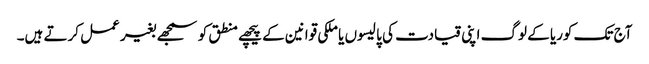
آج تک کوریا کے لوگ اپنی قیادت کی پالیسوں یا ملکی قوانین کے پیچھے منطق کو سمجھے بغیر عمل کرتے ہیں۔